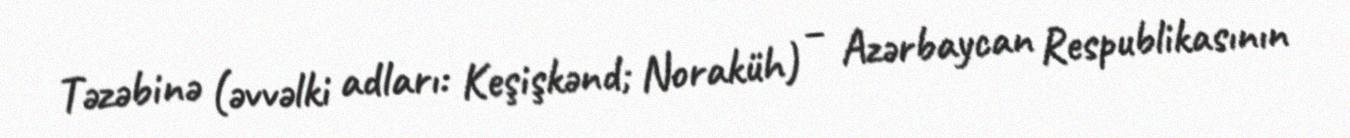
Təzəbinə (əvvəlki adları: Keşişkənd; Noraküh) – Azərbaycan Respublikasının